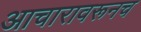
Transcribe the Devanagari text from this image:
आचारावरूनच